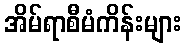
အိမ်ရာစီမံကိန်းများ